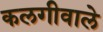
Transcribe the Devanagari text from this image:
कलगीवाले